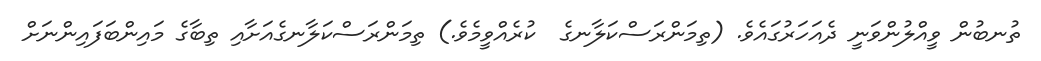
ތުނބުން ވީއްލުންވަނީ ދެއަހަރުގައެވެ. (ތިމަންރަސްކަލާނގެ  ކުރެއްވީމެވެ.) ތިމަންރަސްކަލާނގެއަށާއި ތިބާގެ މައިންބަފައިންނަށް